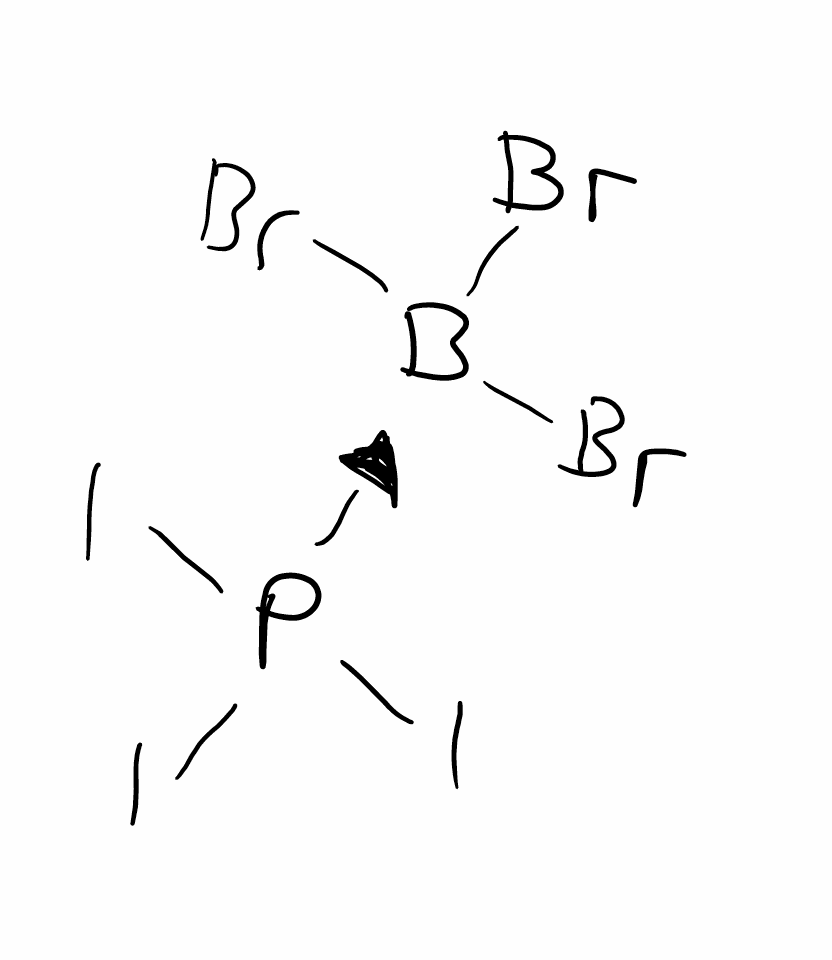
Simplified molecular-input line-entry system (SMILES) notation of the given molecule:
[B-]([P+](I)(I)I)(Br)(Br)Br